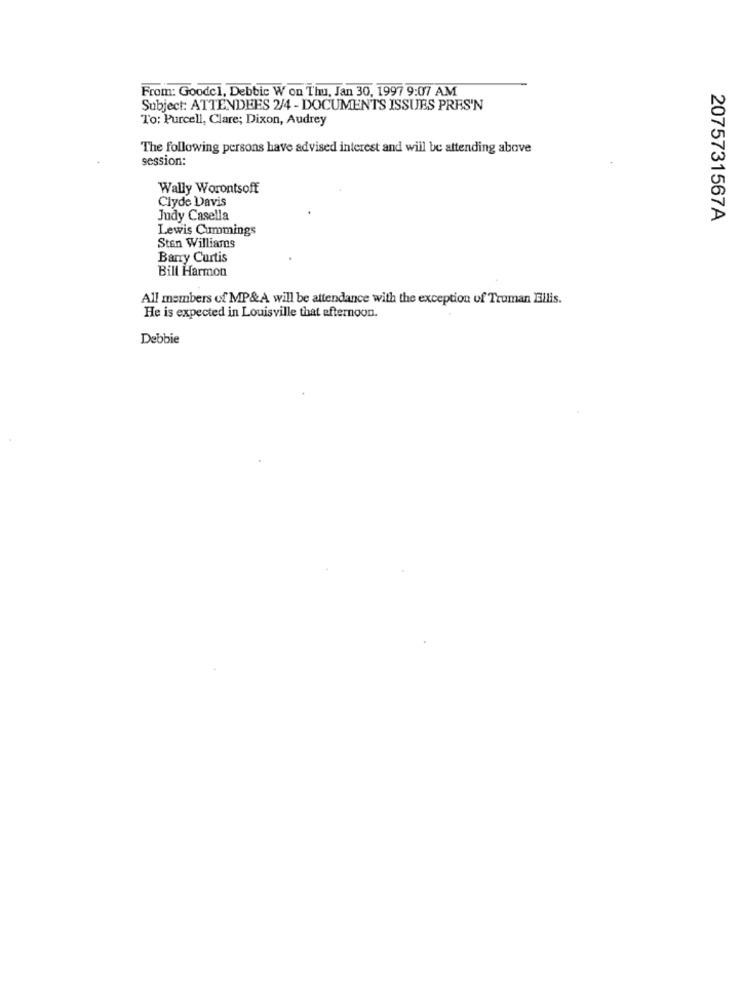
From: Goodel, Debbic W on Thu, Jan 30, 1997 9:07 AM
Subject: ATTENDEES 2/4 - DOCUMENTS ISSUES PRES'N
To: Purcell, Clare; Dixon, Audrey
The following persons have advised interest and will be attending above
session:
Wally Worontsoff
Clyde Davis
Judy Casella
2075731567A
Lewis Cummings
Ston Williams
Barry Curtis
Bill Harmon
All members of MP&A will be attendance with the exception of Truman Ellis.
He is expected in Louisville that afternoon.
Debbie